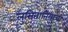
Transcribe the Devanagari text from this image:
लुसितानियाची